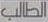
الطالب